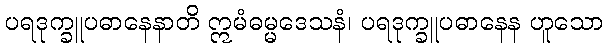
ပရဒုက္ခူပဓာနေနာတိ ဣမံဓမ္မဒေသနံ၊ ပရဒုက္ခူပဓာနေန ဟူသော